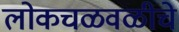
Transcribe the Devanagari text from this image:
लोकचळवळीचे